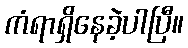
ကံရာရှိနေခဲ့ပါပြီ။